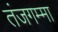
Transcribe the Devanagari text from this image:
तंजगम्मा